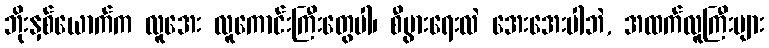
ဘိုးနှစ်ယောက်က လူအေး လူကောင်းကြီးတွေပါ၊ စီပွားရေးလဲ အေးအေးပါဘဲ, အထက်လူကြီးများ